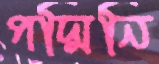
পদ্মিনি